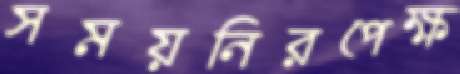
সময়নিরপেক্ষ